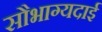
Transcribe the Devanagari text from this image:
सौभाग्यदाई